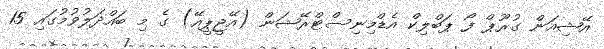
އޭޝިއަން ގުރޫޕް ފޯ ޕަބްލިކް އެޑްމިނިސްޓްރޭޝަން (އޭޖީޕީއޭ) ގެ މި ބައްދަލުވުމުގައި 15